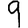
Digit: 9